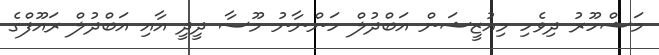
މަޝްހޫރު ދިވެހި މިއުޒީޝަން އަބްދުލް ހަންނާނު މޫސާ ދީދީ އާއި އަބްދުލް ރައޫފްގެ